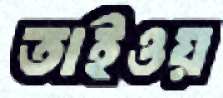
তাইওয়